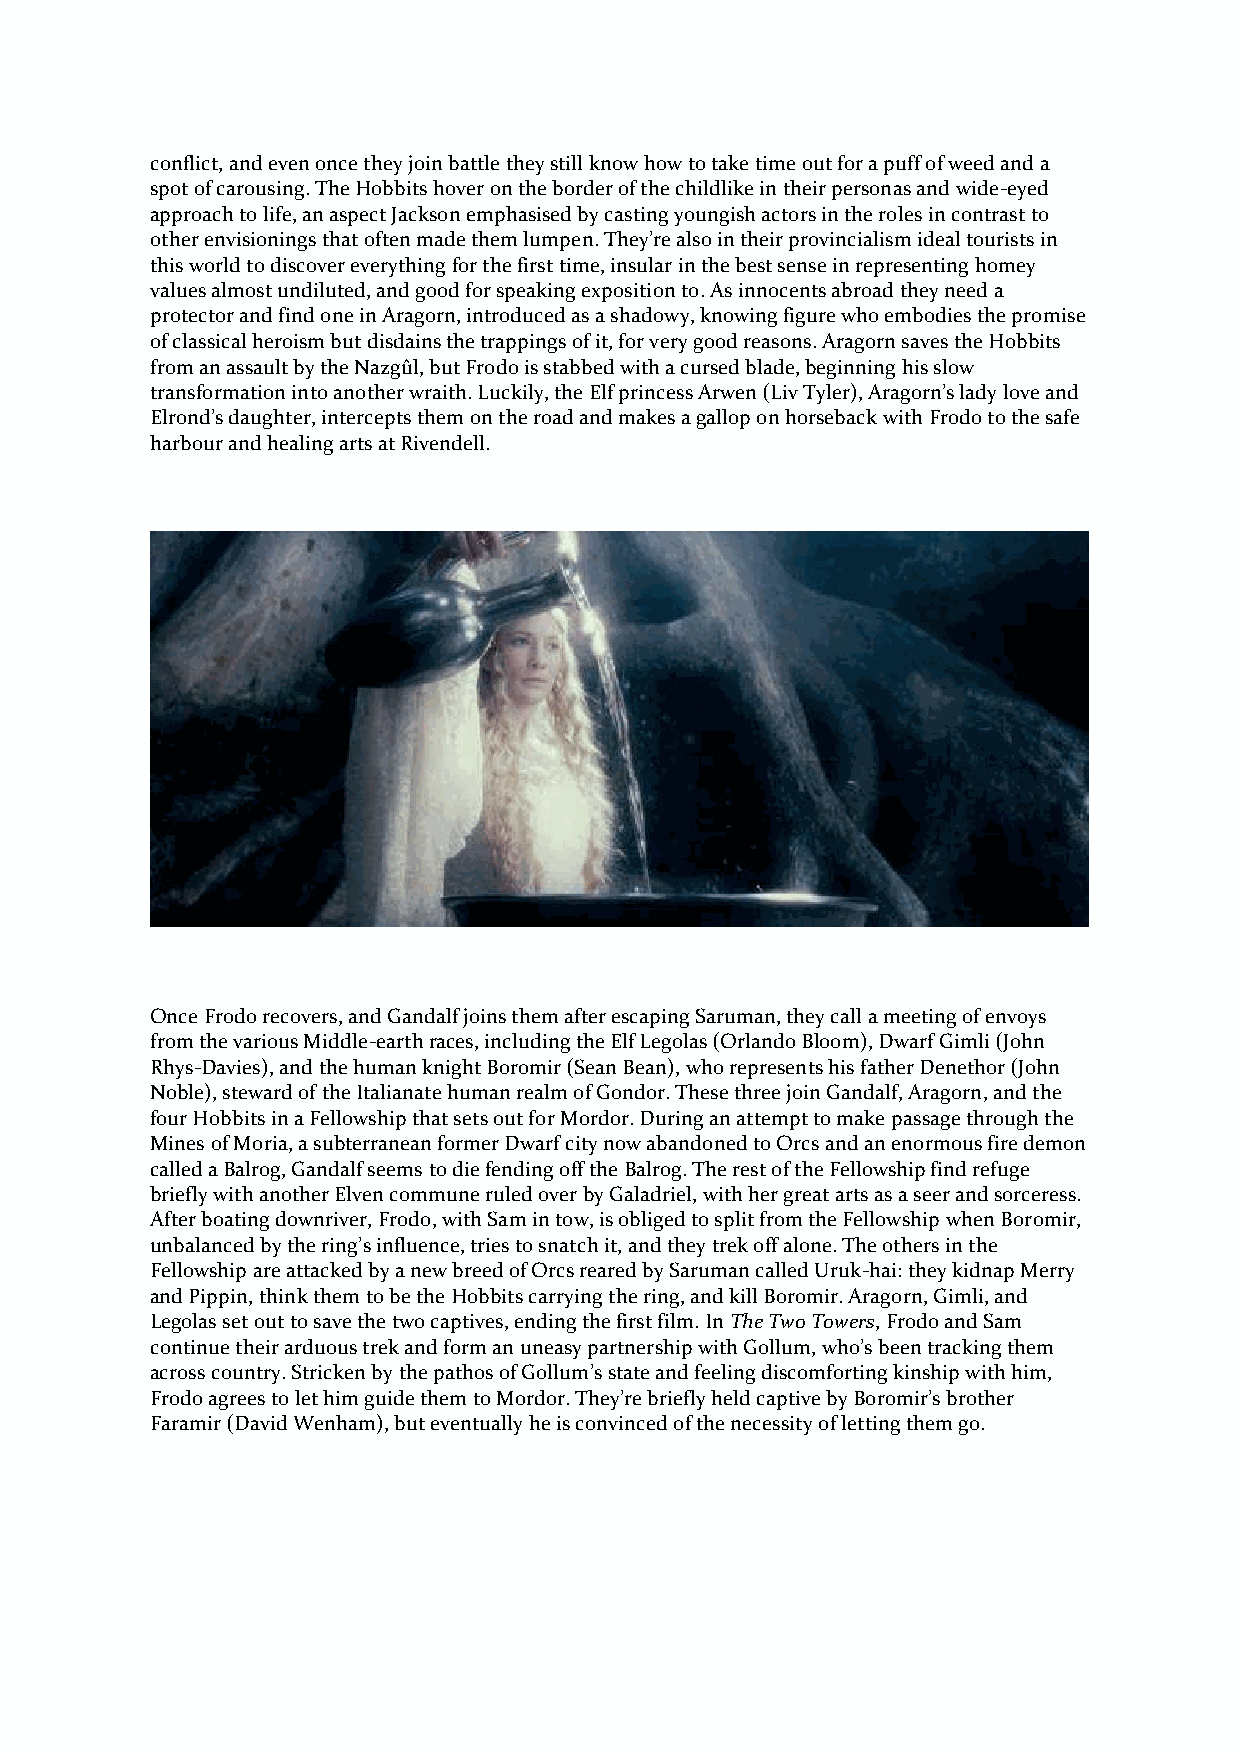
conflict, and even once they join battle they still know how to take time out for a puff of weed and a
 spot of carousing. The Hobbits hover on the border of the childlike in their personas and wide-eyed
 approach to life, an aspect Jackson emphasised by casting youngish actors in the roles in contrast to
 other envisionings that often made them lumpen. They’re also in their provincialism ideal tourists in
 this world to discover everything for the first time, insular in the best sense in representing homey
 values almost undiluted, and good for speaking exposition to. As innocents abroad they need a
 protector and find one in Aragorn, introduced as a shadowy, knowing figure who embodies the promise
 of classical heroism but disdains the trappings of it, for very good reasons. Aragorn saves the Hobbits
 from an assault by the Nazgûl, but Frodo is stabbed with a cursed blade, beginning his slow
 transformation into another wraith. Luckily, the Elf princess Arwen (Liv Tyler), Aragorn’s lady love and
 Elrond’s daughter, intercepts them on the road and makes a gallop on horseback with Frodo to the safe
 harbour and healing arts at Rivendell.
 Once Frodo recovers, and Gandalf joins them after escaping Saruman, they call a meeting of envoys
 from the various Middle-earth races, including the Elf Legolas (Orlando Bloom), Dwarf Gimli (John
 Rhys-Davies), and the human knight Boromir (Sean Bean), who represents his father Denethor (John
 Noble), steward of the Italianate human realm of Gondor. These three join Gandalf, Aragorn, and the
 four Hobbits in a Fellowship that sets out for Mordor. During an attempt to make passage through the
 Mines of Moria, a subterranean former Dwarf city now abandoned to Orcs and an enormous fire demon
 called a Balrog, Gandalf seems to die fending off the Balrog. The rest of the Fellowship find refuge
 briefly with another Elven commune ruled over by Galadriel, with her great arts as a seer and sorceress.
 After boating downriver, Frodo, with Sam in tow, is obliged to split from the Fellowship when Boromir,
 unbalanced by the ring’s influence, tries to snatch it, and they trek off alone. The others in the
 Fellowship are attacked by a new breed of Orcs reared by Saruman called Uruk-hai: they kidnap Merry
 and Pippin, think them to be the Hobbits carrying the ring, and kill Boromir. Aragorn, Gimli, and
 Legolas set out to save the two captives, ending the first film. In The Two Towers, Frodo and Sam
 continue their arduous trek and form an uneasy partnership with Gollum, who’s been tracking them
 across country. Stricken by the pathos of Gollum’s state and feeling discomforting kinship with him,
 Frodo agrees to let him guide them to Mordor. They’re briefly held captive by Boromir’s brother
 Faramir (David Wenham), but eventually he is convinced of the necessity of letting them go.